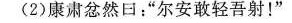
(2)康肃忿然日：”尔安敢轻吾射！”